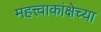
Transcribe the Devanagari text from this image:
महत्त्वाकांक्षेच्या